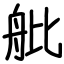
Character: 舭